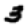
Digit: 3